Civil Veterinary Department. Central Provinces & Berar 1932-41 - 1932-1941
Year: 1932
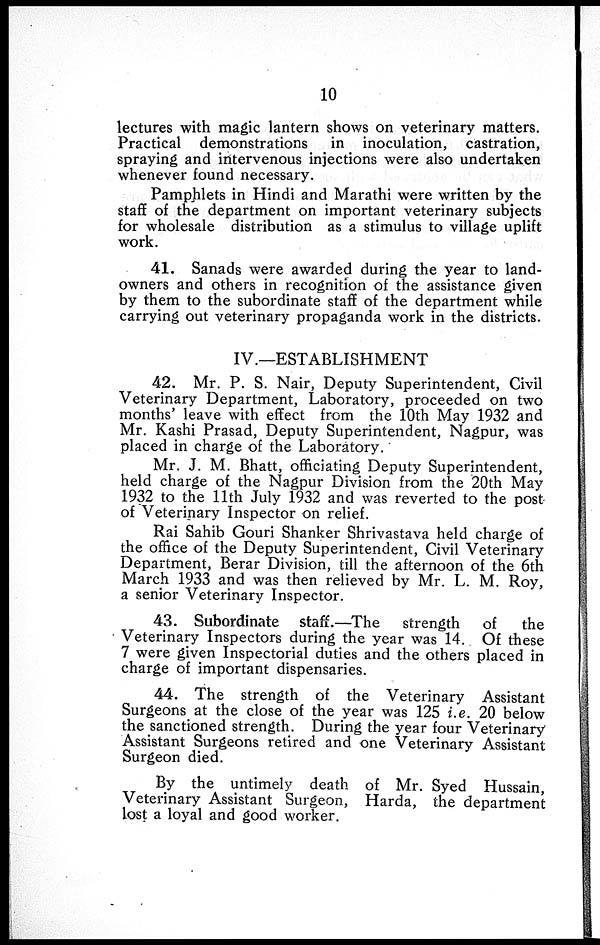
10
lectures with magic lantern shows on veterinary matters.
Practical demonstrations
in inoculation, castration,
spraying and intervenous injections were also undertaken
whenever found necessary.
Pamphlets in Hindi and Marathi were written by the
staff of the department on important veterinary subjects
for wholesale distribution as a stimulus to village uplift
work.
41. Sanads were awarded during the year to land-
owners and others in recognition of the assistance given
by them to the subordinate staff of the department while
carrying out veterinary propaganda work in the districts.
IV.—ESTABLISHMENT
42. Mr. P. S. Nair, Deputy Superintendent, Civil
Veterinary Department, Laboratory, proceeded on two
months' leave with effect from the 10th May 1932 and
Mr. Kashi Prasad, Deputy Superintendent, Nagpur, was
placed in charge of the Laboratory.
Mr. J. M. Bhatt, officiating Deputy Superintendent,
held charge of the Nagpur Division from the 20th May
1932 to the 11th July 1932 and was reverted to the post-
of Veterinary Inspector on relief.
Rai Sahib Gouri Shanker Shrivastava held charge of
the office of the Deputy Superintendent, Civil Veterinary
Department, Berar Division, till the afternoon of the 6th
March 1933 and was then relieved by Mr. L. M. Roy,
a senior Veterinary Inspector.
43. Subordinate staff.—The
strength
of
the
Veterinary Inspectors during the year was 14. Of these
7 were given Inspectorial duties and the others placed in
charge of important dispensaries.
44. The strength of the Veterinary Assistant
Surgeons at the close of the year was 125 i.e. 20 below
the sanctioned strength. During the year four Veterinary
Assistant Surgeons retired and one Veterinary Assistant
Surgeon died.
By the untimely death of Mr. Syed Hussain,
Veterinary Assistant Surgeon, Harda, the department
lost a loyal and good worker.